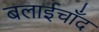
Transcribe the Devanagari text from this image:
बलाईचाँद